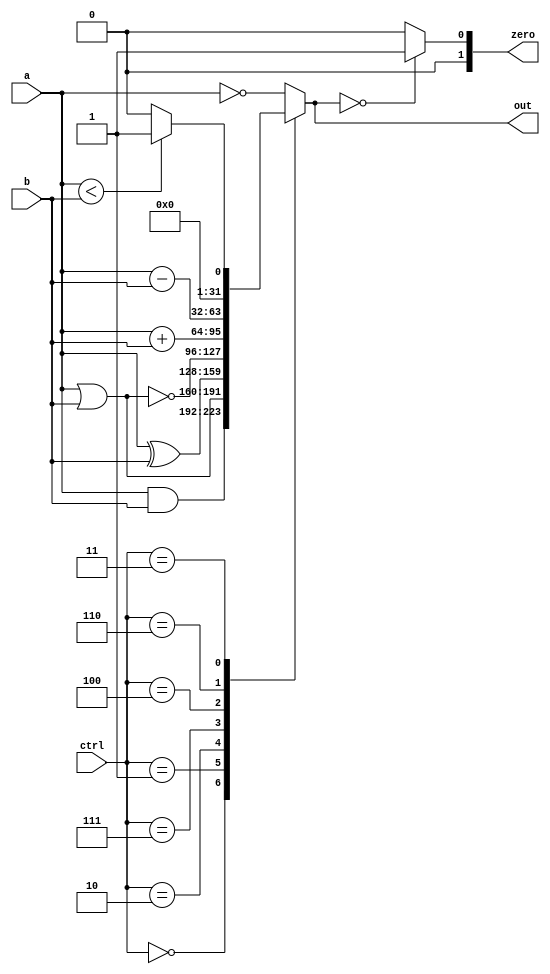
module ALU (a,b,ctrl,out,zero);
	input[width-1:0] a,b;
	input[3-1:0] ctrl;
	output reg[width-1:0] out;
	output reg[1:0]zero;
	parameter width=32;

	always @(a or b or ctrl) begin
		case(ctrl)
			3'b000: out=a&b;
			3'b001: out=a|b;
			3'b010: out=a^b;
            3'b111: out=~(a|b);
			3'b100: out=a+b;
            3'b110: out=a-b;
			3'b011: begin
				if (a<b)
					out=1;
				else
					out=0;
			end
			default: out=~a;//not指令不占编码
		endcase
		if (out==0)
			zero=1;
		else
			zero=0;
	end
endmodule